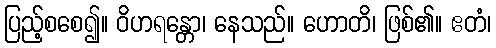
ပြည့်စစေ၍။ ဝိဟရန္တော၊ နေသည်။ ဟောတိ၊ ဖြစ်၏။ ဧတံ၊